Annual returns of the Patna Lunatic Asylum at Bankipore in Bihar and Orissa - 1912-1924
Year: 1912
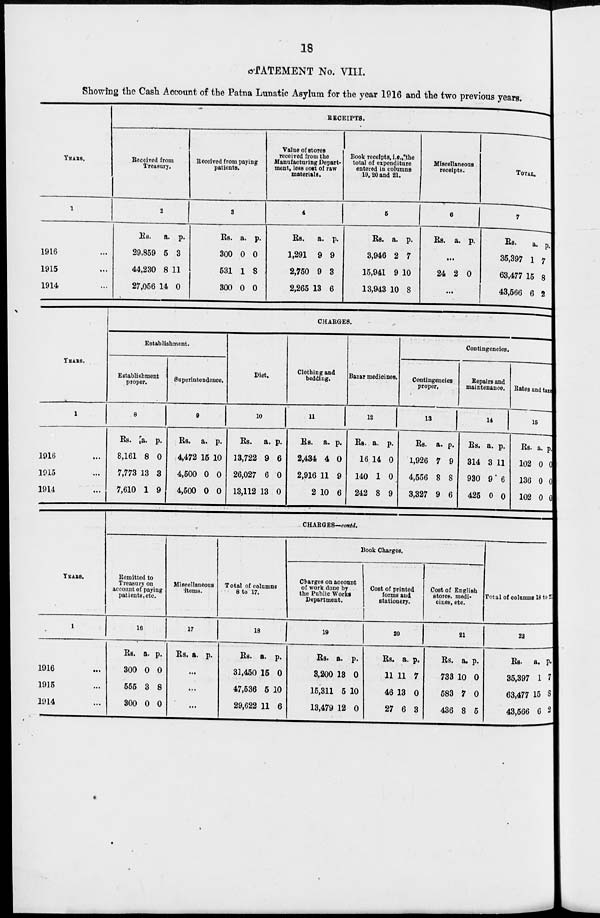
18
STATEMENT No. VIII.
Showing the Cash Account of the Patna Lunatic Asylum for the year 1916 and the two previous years.
YEARS.
1
1916 ...
1915 ...
1914 ...
RECEIPTS.
Received from
Treasury.
2
Rs.
29,859
44,230
27,056
a.
5
8
14
p.
3
11
0
Received from paying
patients.
3
Rs.
300
531
300
a.
0
1
0
p.
0
8
0
Value of stores
received from the
Manufacturing Depart-
ment, less cost of raw
materials.
4
Rs.
1,291
2,750
2,265
a.
9
9
13
p.
9
3
6
Book receipts, i.e.,the
total of expenditure
entered in columns
19, 20 and 21.
5
Rs.
3,946
15,941
13,943
a.
2
9
10
p.
7
10
8
Miscellaneous
receipts.
6
Rs. a. p.
...
24 2 0
...
TOTAL.
7
Rs.
35,397
63,477
43,566
a.
1
15
6
p.
7
8
2
YEARS.
1
1916 ...
1915 ...
1914 ...
CHARGES.
Establishment.
Establishment
proper.
8
Rs.
8,161
7,773
7,610
a.
8
13
1
p.
0
3
9
Superintendence.
9
Rs.
4,472
4,500
4,500
a.
15
0
0
p.
10
0
0
Diet.
10
Rs.
13,722
26,027
13,112
a.
9
6
13
p.
6
0
0
Clothing and
bedding.
11
Rs.
2,434
2,916
2
a.
4
11
10
p.
0
9
6
Bazar medicines.
12
Rs.
16
140
242
a.
14
1
8
p.
0
0
9
Contingencies.
Contingencies
proper.
13
Rs.
1,926
4,556
3,327
a.
7
8
9
p.
9
8
6
Repairs and
maintenance.
14
Rs.
314
930
425
a.
3
9
0
p.
11
6
0
Rates and taxes.
15
Rs.
102
136
102
a.
0
0
0
p.
0
0
0
YEARS.
1
1916 ...
1915 ...
1914 ...
CHARGES—contd.
Remitted to
Treasury on
account of paying
patients, etc.
16
Rs.
300
555
300
a.
0
3
0
p.
0
8
0
Miscellaneous
items.
17
Rs. a. p.
...
...
...
Total of columns
8 to 17.
18
Rs.
31,450
47,536
29,622
a.
15
5
11
p.
0
10
6
Book Charges.
Charges on account
of work done by
the Public Works
Department.
19
Rs.
3,200
15,311
13,479
a.
13
5
12
p.
0
10
0
Cost of printed
forms and
stationery.
20
Rs.
11
46
27
a.
11
13
6
p.
7
0
3
Cost of English
stores, medi-
cines, etc.
21
Rs.
733
583
436
a.
10
7
8
p.
0
0
5
Total of columns 18 to 21.
22
Rs.
35,397
63,477
43,566
a.
1
15
6
p.
7
8
2